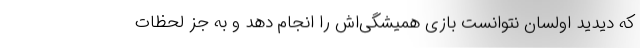
که دیدید اولسان نتوانست بازی همیشگی‌اش را انجام دهد و به جز لحظات